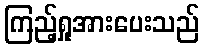
ကြည့်ရှုအားပေးသည်